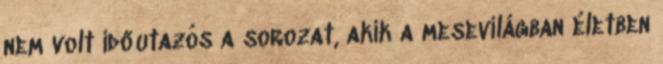
nem volt időutazós a sorozat, akik a mesevilágban életben